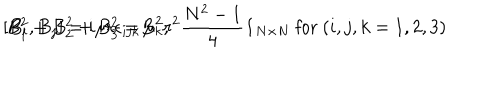
[ B _ { i } , B _ { j } ] = i \mu r \epsilon _ { i j k } B _ { k } , \hspace { 1 2 m m } B _ { 1 } ^ { 2 } + B _ { 2 } ^ { 2 } + B _ { 3 } ^ { 2 } = \mu ^ { 2 } r ^ { 2 } \frac { N ^ { 2 } - 1 } { 4 } { \bf 1 } _ { N \times N } \textrm { f o r } ( i , j , k = 1 , 2 , 3 )